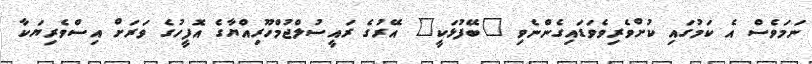
ނަމަވެސް އެ ކަމުގައި ކުށްވެރިވެވަޑައިގެންނެވި "ބޭފުޅަކީ" އޭރުގެ ރައީސުލްޖުމްހޫރިއްޔާގެ އޮފީހުގެ ވަރަށް އިސްވެރިޔަކާ